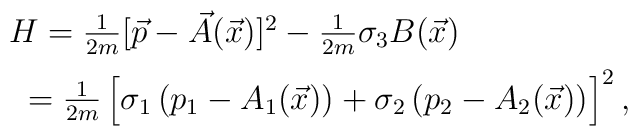
\begin{array}{c}H=\frac{1}{2m}[\vec{p}-\vec{A}(\vec{x})]^{2}-\frac{1}{2m}\sigma_{3}B(\vec{x})\hspace{1.4cm}\vspace{0.2cm}\\*\hspace{1cm}=\frac{1}{2m}\left[\sigma_{1}\left(p_{1}-A_{1}(\vec{x})\right)+\sigma_{2}\left(p_{2}-A_{2}(\vec{x})\right)\!\frac{}{}\!\right]^{2},\end{array}